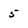
Character: 5